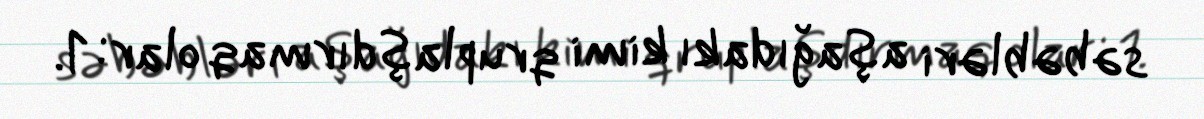
səbəbləri aşağıdakı kimi qruplaşdırmaq olar: 1.